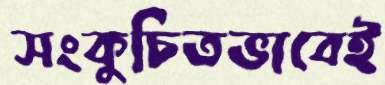
সংকুচিতভাবেই